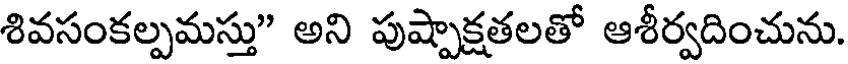
శివసంకల్పమస్తు" అని పుష్పాక్షతలతో ఆశీర్వదించును.